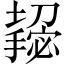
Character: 𫾌